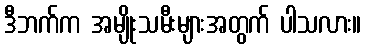
ဒီဘက်က အမျိုးသမီးများအတွက် ပါသလား။